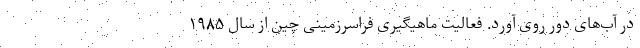
در آب‌های دور روی آورد. فعالیت ماهیگیری فراسرزمینی چین از سال ۱۹۸۵